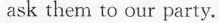
ask them to our party.